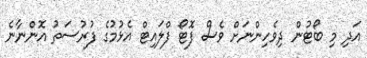
އަދި މި ބޯޓުން ދިވެހިންނަށް ވެސް ފޮޓޯ ފްލައިޓް އެޅުމުގެ ފުރުސަތު އޮންނާނެ